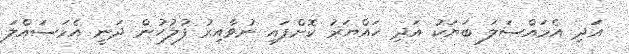
އަދި އެމައްސަލަ ބަޔަކު އަދި ހައްޔަރު ކޮށްފައި ނުވާއިރު ފުލުހުން ދަނީ އެމަސައްލަ